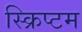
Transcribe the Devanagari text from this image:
स्क्रिप्टम